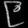
Digit: ၉